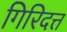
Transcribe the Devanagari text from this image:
गिरिदत्त